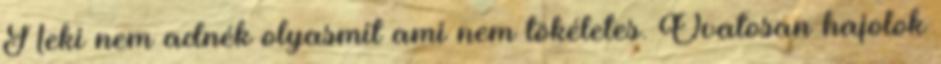
Neki nem adnék olyasmit ami nem tökéletes. Óvatosan hajolok